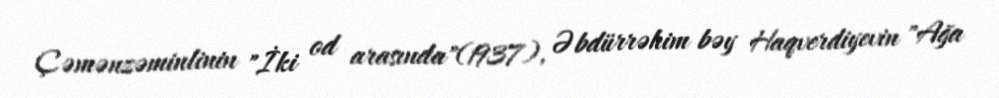
Çəmənzəminlinin "İki od arasında"(1937), Əbdürrəhim bəy Haqverdiyevin "Ağa